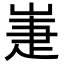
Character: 𡹈